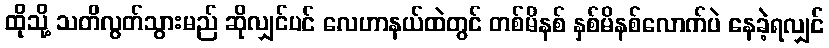
ထိုသို့ သတိလွတ်သွားမည် ဆိုလျှင်ပင် လေဟာနယ်ထဲတွင် တစ်မိနစ် နှစ်မိနစ်လောက်ပဲ နေခဲ့ရလျှင်